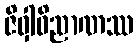
ဇိဝှါဝိညာဏဿ